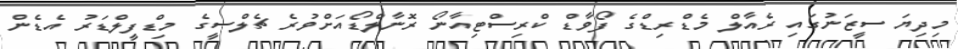
މިދިޔަ ސީޒަނުގައި ރެއާލް މެޑްރިޑްގެ ފޯވާޑް ކްރިސްޓިއާނޯ ރޮނާލްޑޯއަށްވުރެ ޗެލްސީގެ މިޑްފީލްޑަރު އެޑެން